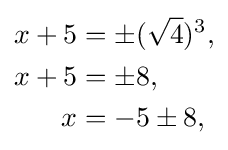
{\begin{aligned}x+5&=\pm ({\sqrt {4}})^{3},\\x+5&=\pm 8,\\x&=-5\pm 8,\end{aligned}}